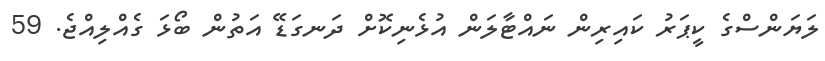
ލަޔަންސްގެ ކީޕަރު ކައިރިން ނައްޓާލަން އުޅެނިކޮށް ދަނގަޑޭ އަތުން ބޯޅަ ގެއްލިއްޖެ. 59